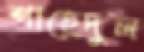
শাহেদুল